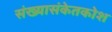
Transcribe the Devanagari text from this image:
संख्यासंकेतकोश